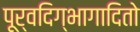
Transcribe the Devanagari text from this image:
पूर्वदिग्भागादितो